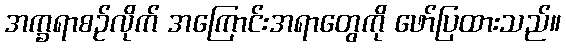
အက္ခရာစဉ်လိုက် အကြောင်းအရာတွေကို ဖော်ပြထားသည်။